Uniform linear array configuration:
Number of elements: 48
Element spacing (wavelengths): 0.5
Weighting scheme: hamming
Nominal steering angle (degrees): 60
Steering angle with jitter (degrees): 60.057
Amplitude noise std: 0.05
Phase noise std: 0.05

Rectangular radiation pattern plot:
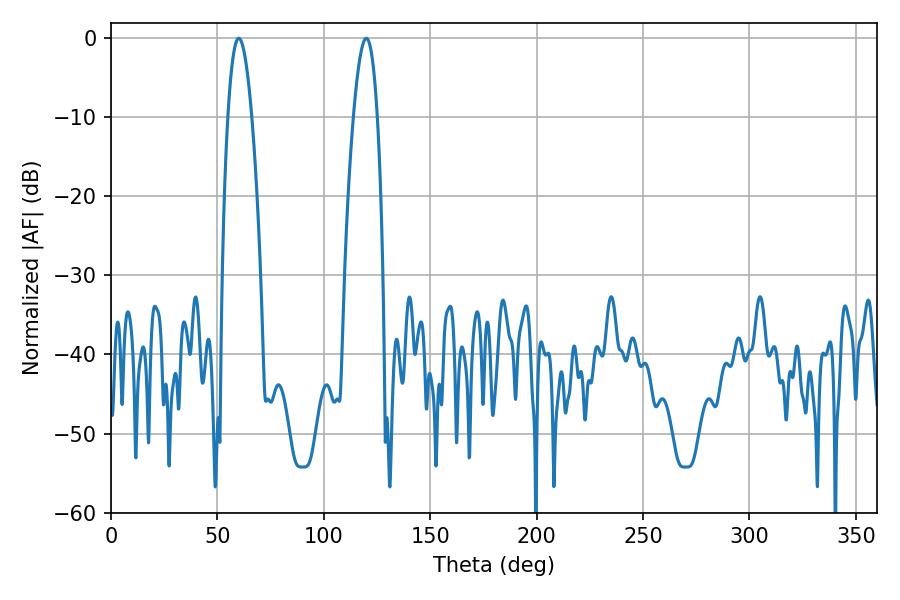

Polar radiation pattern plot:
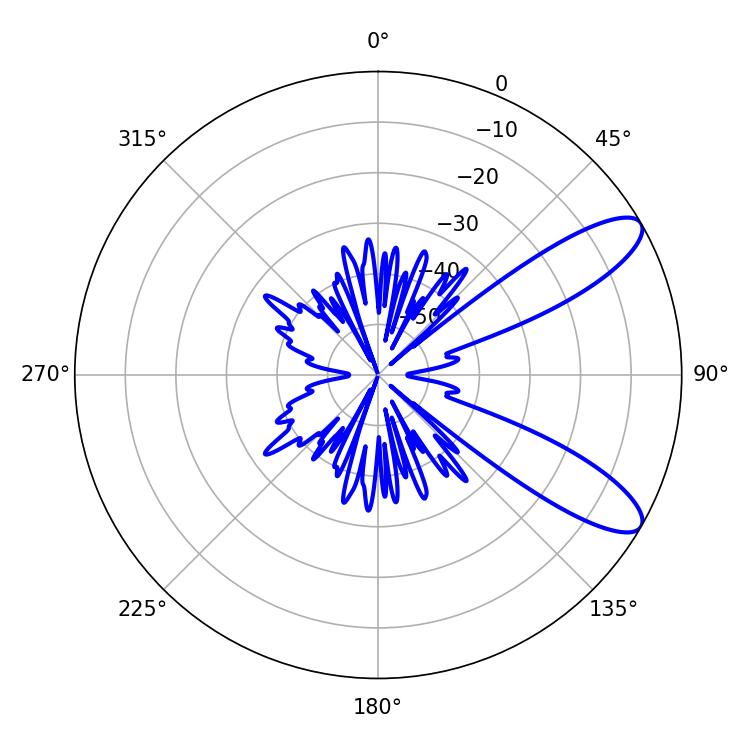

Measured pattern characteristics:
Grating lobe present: FALSE
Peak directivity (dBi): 9.96
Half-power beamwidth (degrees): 6.12
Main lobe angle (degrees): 60.12